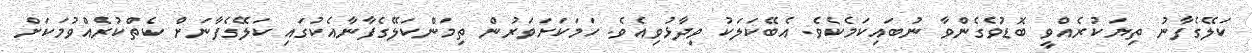
ކަލޭގެފާނު ތިޔަކުރެއްވީ ބޮޑުވެގެންވާ ނުބައިކަމެކެވެ. އެބޭކަލަކު ވިދާޅުވިއެވެ. ހަމަކަށަވަރުން ތިމަންކަލޭގެފާނާއެކުގައި ކަލޭގެފާނަށް ކެތްކުރެއްވުމަކަށް